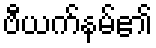
ဗီယက်နမ်၏